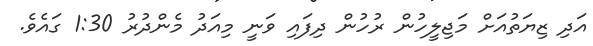
އަދި ޒިޔަތުއަށް މަޖިލީހުން ރުހުން ދިފައި ވަނީ މިއަދު މެންދުރު 1:30 ގައެވެ.